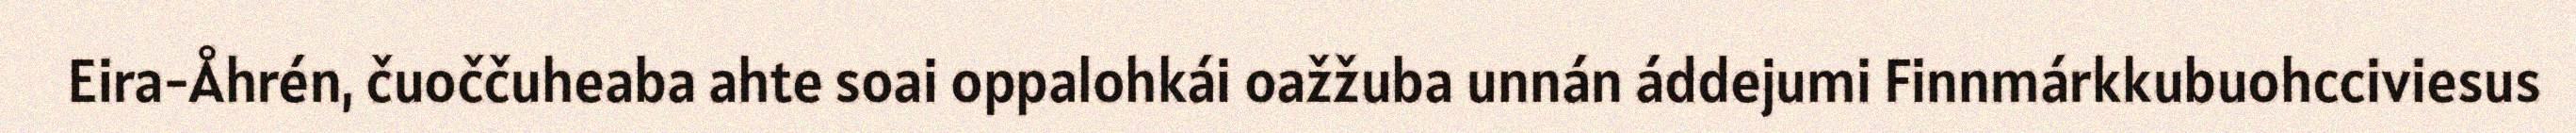
Eira-Åhrén, čuoččuheaba ahte soai oppalohkái oažžuba unnán áddejumi Finnmárkkubuohcciviesus